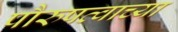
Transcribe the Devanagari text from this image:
पौरुषत्वाच्या